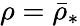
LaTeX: \rho=\bar{\rho}_{*}